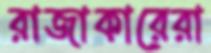
রাজাকারেরা